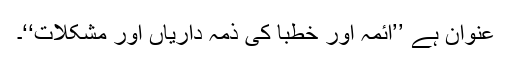
عنوان ہے ’’ائمہ اور خطبا کی ذمہ داریاں اور مشکلات‘‘۔